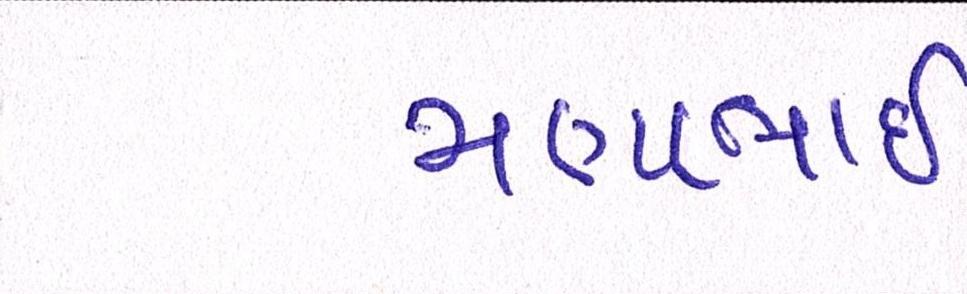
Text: મણાભાઈ